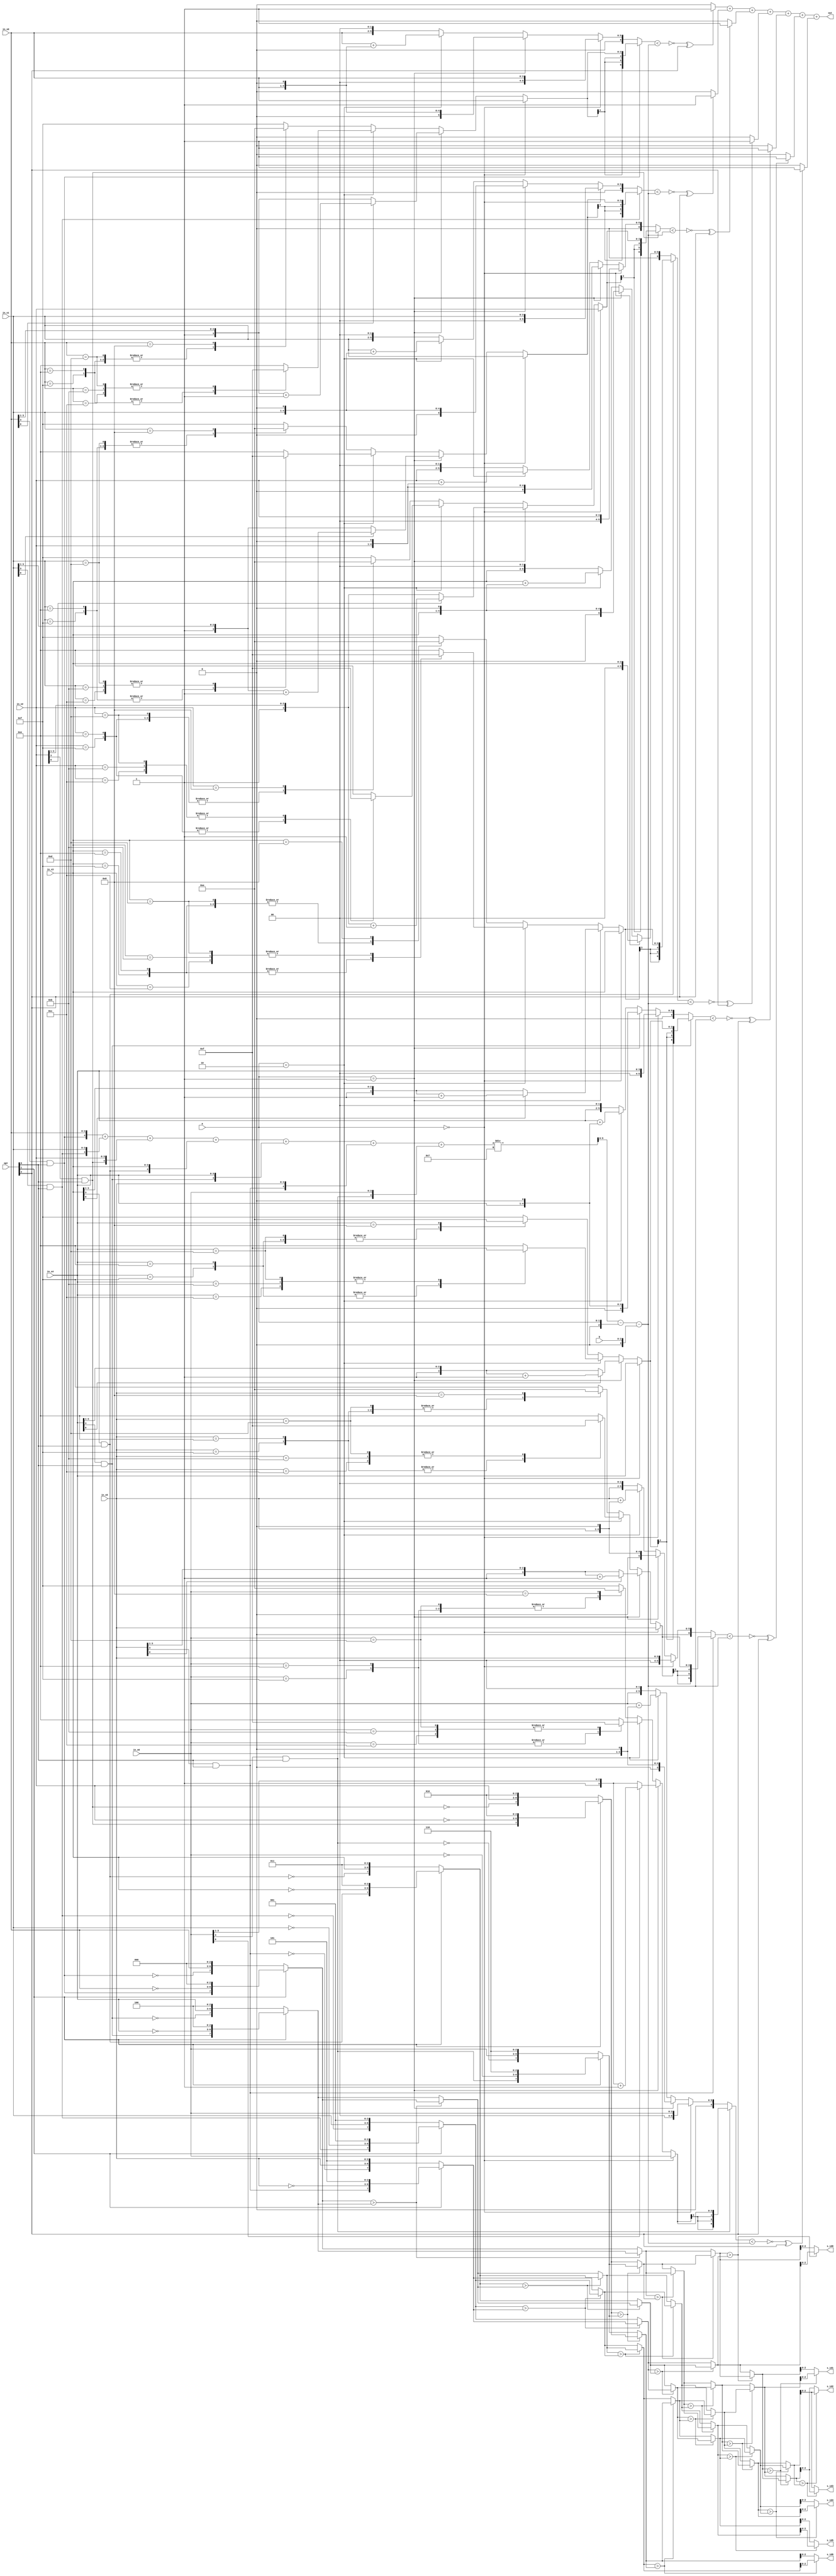
module CC(
           in_s0,
           in_s1,
           in_s2,
           in_s3,
           in_s4,
           in_s5,
           in_s6,
           opt,
           a,
           b,
           s_id0,
           s_id1,
           s_id2,
           s_id3,
           s_id4,
           s_id5,
           s_id6,
           out

       );
input [3:0]in_s0;
input [3:0]in_s1;
input [3:0]in_s2;
input [3:0]in_s3;
input [3:0]in_s4;
input [3:0]in_s5;
input [3:0]in_s6;
input [2:0]opt;
input [1:0]a;
input [2:0]b;
output [2:0] s_id0;
output [2:0] s_id1;
output [2:0] s_id2;
output [2:0] s_id3;
output [2:0] s_id4;
output [2:0] s_id5;
output [2:0] s_id6;
output [2:0] out;
//==================================================================
// reg & wire
//==================================================================
wire [7:0]in_0,in_1,in_2,in_3,in_4,in_5,in_6;
wire [7:0]sa[0:5],sb[0:1],sc[0:1],sd[0:1],se[0:3],sf[0:3],sg[0:5],sh[0:3],si[0:1];

//wire [4:0]pro_0,pro_1,pro_2,pro_3,pro_4,pro_5,pro_6;
wire signed [7:0] sum_score;
wire signed [4:0] sum[0:6];
wire signed [5:0] sum_cal;
reg [5:0] temp1[0:6];
reg signed [6:0] temp11[0:6];
reg signed [6:0] temp2[0:6];
//wire signed [6:0] new_score[0:6];
//wire [2:0] piyan,wenan,NL;
reg signed [3:0] temp[0:6];
//wire signed[3:0] t;
wire signed [2:0] aa ;
reg signed [3:0] bb;

wire count[0:6];
//==================================================================
// design
//==================================================================
//preprocess

assign in_0=(opt[1]) ? {(opt[0]&in_s0[3]),~in_s0,3'b000} : {~(opt[0]&in_s0[3]),in_s0,3'b000};
assign in_1=(opt[1]) ? {(opt[0]&in_s1[3]),~in_s1,3'b001} : {~(opt[0]&in_s1[3]),in_s1,3'b001};
assign in_2=(opt[1]) ? {(opt[0]&in_s2[3]),~in_s2,3'b010} : {~(opt[0]&in_s2[3]),in_s2,3'b010};
assign in_3=(opt[1]) ? {(opt[0]&in_s3[3]),~in_s3,3'b011} : {~(opt[0]&in_s3[3]),in_s3,3'b011};
assign in_4=(opt[1]) ? {(opt[0]&in_s4[3]),~in_s4,3'b100} : {~(opt[0]&in_s4[3]),in_s4,3'b100};
assign in_5=(opt[1]) ? {(opt[0]&in_s5[3]),~in_s5,3'b101} : {~(opt[0]&in_s5[3]),in_s5,3'b101};
assign in_6=(opt[1]) ? {(opt[0]&in_s6[3]),~in_s6,3'b110} : {~(opt[0]&in_s6[3]),in_s6,3'b110};

//sorting
assign sa[0]=(in_0>in_4) ? in_4 : in_0;
assign sa[3]=(in_0>in_4) ? in_0 : in_4;
assign sa[1]=(in_1>in_5) ? in_5 : in_1;
assign sa[4]=(in_1>in_5) ? in_1 : in_5;
assign sa[2]=(in_2>in_6) ? in_6 : in_2;
assign sa[5]=(in_2>in_6) ? in_2 : in_6;

assign sb[0]=(in_3>sa[3]) ? sa[3] : in_3;
assign sb[1]=(in_3>sa[3]) ? in_3 : sa[3];
assign sc[0]=(sb[1]>sa[4]) ? sa[4] : sb[1];
assign sc[1]=(sb[1]>sa[4]) ? sb[1] : sa[4];
assign sd[0]=(sc[1]>sa[5]) ? sa[5] : sc[1];
assign sd[1]=(sc[1]>sa[5]) ? sc[1] : sa[5];

assign se[0]=(sa[0]>sa[2]) ? sa[2] : sa[0];
assign se[2]=(sa[0]>sa[2]) ? sa[0] : sa[2];
assign se[1]=(sa[1]>sb[0]) ? sb[0] : sa[1];
assign se[3]=(sa[1]>sb[0]) ? sa[1] : sb[0];
assign sf[0]=(se[2]>sc[0]) ? sc[0] : se[2];
assign sf[2]=(se[2]>sc[0]) ? se[2] : sc[0];
assign sf[1]=(se[3]>sd[0]) ? sd[0] : se[3];
assign sf[3]=(se[3]>sd[0]) ? se[3] : sd[0];

assign sg[0]=(se[0]>se[1]) ? se[1] : se[0];
assign sg[1]=(se[0]>se[1]) ? se[0] : se[1];
assign sg[2]=(sf[0]>sf[1]) ? sf[1] : sf[0];
assign sg[3]=(sf[0]>sf[1]) ? sf[0] : sf[1];
assign sg[4]=(sf[2]>sf[3]) ? sf[3] : sf[2];
assign sg[5]=(sf[2]>sf[3]) ? sf[2] : sf[3];

assign sh[0]=(sg[1]>sg[2]) ? sg[2] : sg[1];
assign sh[1]=(sg[1]>sg[2]) ? sg[1] : sg[2];
assign sh[2]=(sg[3]>sg[4]) ? sg[4] : sg[3];
assign sh[3]=(sg[3]>sg[4]) ? sg[3] : sg[4];

assign si[0]=(sh[1]>sh[2]) ? sh[2] : sh[1];
assign si[1]=(sh[1]>sh[2]) ? sh[1] : sh[2];

//output order

assign s_id0=sg[0][2:0];
assign s_id1=sh[0][2:0];
assign s_id2=si[0][2:0];
assign s_id3=si[1][2:0];
assign s_id4=sh[3][2:0];
assign s_id5=sg[5][2:0];
assign s_id6=sd[1][2:0];



//pass score
assign sum[0]= {in_s0[3]&opt[0],in_s0};
assign sum[1]= {in_s1[3]&opt[0],in_s1};
assign sum[2]= {in_s2[3]&opt[0],in_s2};
assign sum[3]= {in_s3[3]&opt[0],in_s3};
assign sum[4]= {in_s4[3]&opt[0],in_s4};
assign sum[5]= {in_s5[3]&opt[0],in_s5};
assign sum[6]= {in_s6[3]&opt[0],in_s6};
assign sum_score=sum[0]+sum[1]+sum[2]+sum[3]+sum[4]+sum[5]+sum[6];
assign aa=a;
assign sum_cal=sum_score/7-aa-bb;
//transform score
integer idx;
always @(*) begin
    if(a==0)
    begin
        for(idx=0;idx<7;idx=idx+1)
        begin
            temp[idx]=sum[idx][3:0];
        end

    end
    else if(a==1)
    begin
        for (idx = 0; idx<7; idx=idx+1)
        begin
            if(sum[idx][0]==0)
            begin
                temp[idx]={1'b1,sum[idx][3:1]};
            end
            else
            begin
                temp[idx]=({1'b1,sum[idx][3:1]})+1;
            end

        end

    end
    else if (a==2)
    begin
        for (idx = 0; idx<7; idx=idx+1)
        begin
            case (sum[idx][3:0])
                4'b1111:temp[idx]=4'b0000;
                4'b1110:temp[idx]=4'b0000;
                4'b1101:temp[idx]=4'b1111;
                4'b1100:temp[idx]=4'b1111;
                4'b1011:temp[idx]=4'b1111;
                default:temp[idx]=4'b1110;
            endcase
        end
    end
    else
    begin
        for (idx = 0; idx<7; idx=idx+1) begin
            case (sum[idx][3:0])
                4'b1111:temp[idx]=4'b0000;
                4'b1110:temp[idx]=4'b0000;
                4'b1101:temp[idx]=4'b0000;
                4'b1000:temp[idx]=4'b1110;
                default: temp[idx]=4'b1111;
            endcase
        end
    end

    if(a==0)
    begin
        for (idx = 0; idx<7; idx=idx+1) begin
            temp1[idx]=sum[idx][3:0];
        end
    end
    else if(a==1)
    begin
        for (idx = 0; idx<7; idx=idx+1) begin
            temp1[idx]=sum[idx][3:0]<<1;
        end
    end
    else if(a==2)
    begin
        for (idx = 0; idx<7; idx=idx+1) begin
            temp1[idx]=sum[idx][3:0]+(sum[idx][3:0]<<1);
        end
    end
    else
    begin
        for (idx = 0; idx<7; idx=idx+1) begin
            temp1[idx]=sum[idx][3:0]<<2;
        end
    end

    bb=b;
    for (idx = 0; idx<7; idx=idx+1) begin
        temp11[idx]=temp1[idx];
    end
    for (idx = 0; idx<7; idx=idx+1) begin
        temp2[idx]=(sum[idx][4]) ? temp[idx] :temp11[idx];
    end

end

//cout the number of pass
assign  count[0]=(~(temp2[0]<sum_cal)^opt[2]) ? 1 : 0;
assign  count[1]=(~(temp2[1]<sum_cal)^opt[2]) ? 1 : 0;
assign  count[2]=(~(temp2[2]<sum_cal)^opt[2]) ? 1 : 0;
assign  count[3]=(~(temp2[3]<sum_cal)^opt[2]) ? 1 : 0;
assign  count[4]=(~(temp2[4]<sum_cal)^opt[2]) ? 1 : 0;
assign  count[5]=(~(temp2[5]<sum_cal)^opt[2]) ? 1 : 0;
assign  count[6]=(~(temp2[6]<sum_cal)^opt[2]) ? 1 : 0;
assign out = count[0]+count[1]+count[2]+count[3]+count[4]+count[5]+count[6];
endmodule